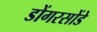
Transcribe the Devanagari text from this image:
डोंगरसोंडे